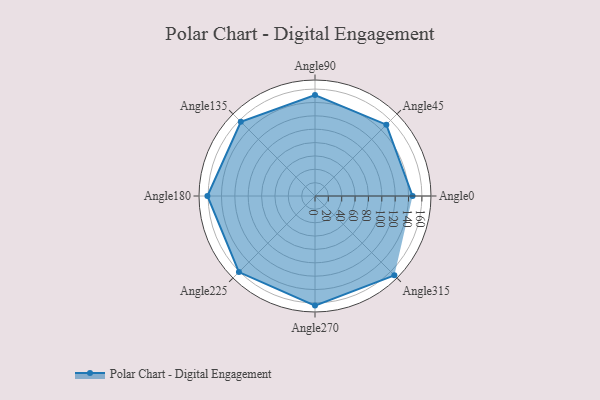
{"axis": {"x": "Angle", "y": "Radius"}, "legend": [""], "data": [{"x": "Angle0", "y": 146.0, "type": ""}, {"x": "Angle45", "y": 151.0, "type": ""}, {"x": "Angle90", "y": 151.0, "type": ""}, {"x": "Angle135", "y": 157.0, "type": ""}, {"x": "Angle180", "y": 161.0, "type": ""}, {"x": "Angle225", "y": 161.0, "type": ""}, {"x": "Angle270", "y": 164.0, "type": ""}, {"x": "Angle315", "y": 168.0, "type": ""}]}